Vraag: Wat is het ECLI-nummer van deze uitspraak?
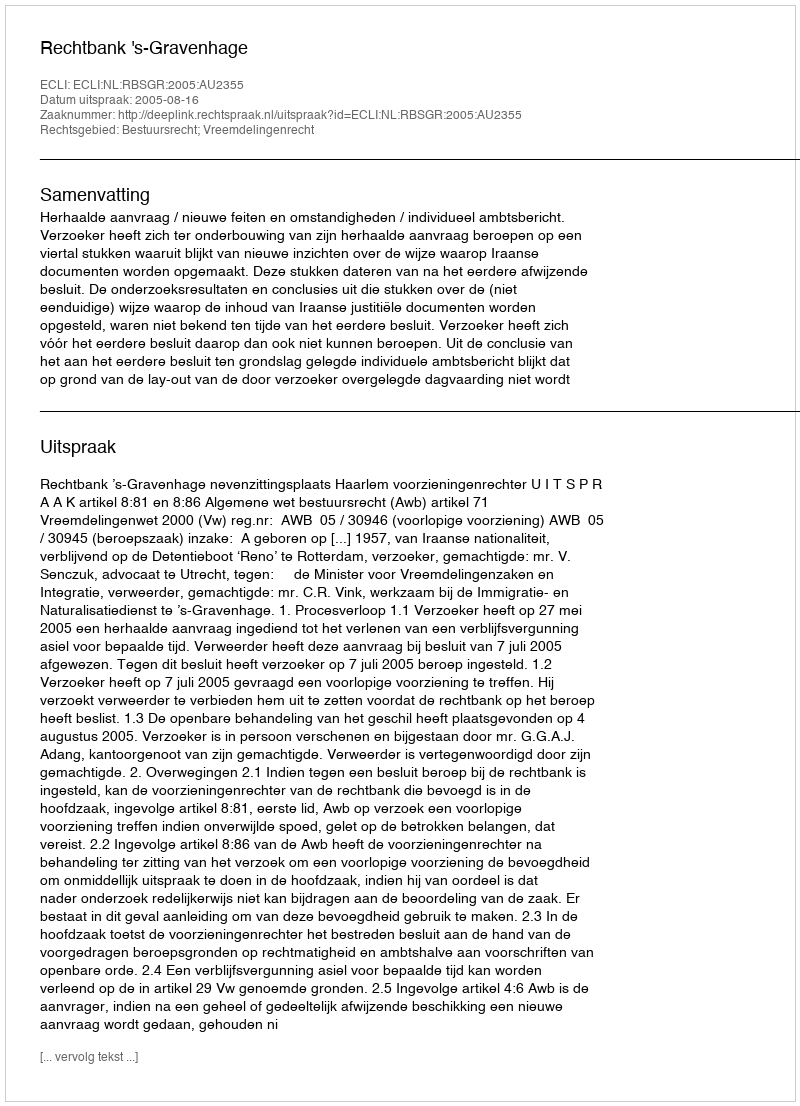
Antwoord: ECLI:NL:RBSGR:2005:AU2355